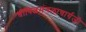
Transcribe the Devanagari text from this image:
श्रीविल्वमंगलाचार्यजी